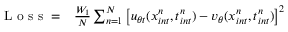
\begin{array} { r l } { \mathrm { ~ L ~ o ~ s ~ s ~ } = } & { { } \frac { W _ { 1 } } { N } \sum _ { n = 1 } ^ { N } \left[ u _ { \theta t } ( x _ { i n t } ^ { n } , t _ { i n t } ^ { n } ) - v _ { \theta } ( x _ { i n t } ^ { n } , t _ { i n t } ^ { n } ) \right] ^ { 2 } } \end{array}